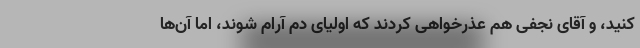
کنید، و آقای نجفی هم عذرخواهی کردند که اولیای دم آرام شوند، اما آن‌ها